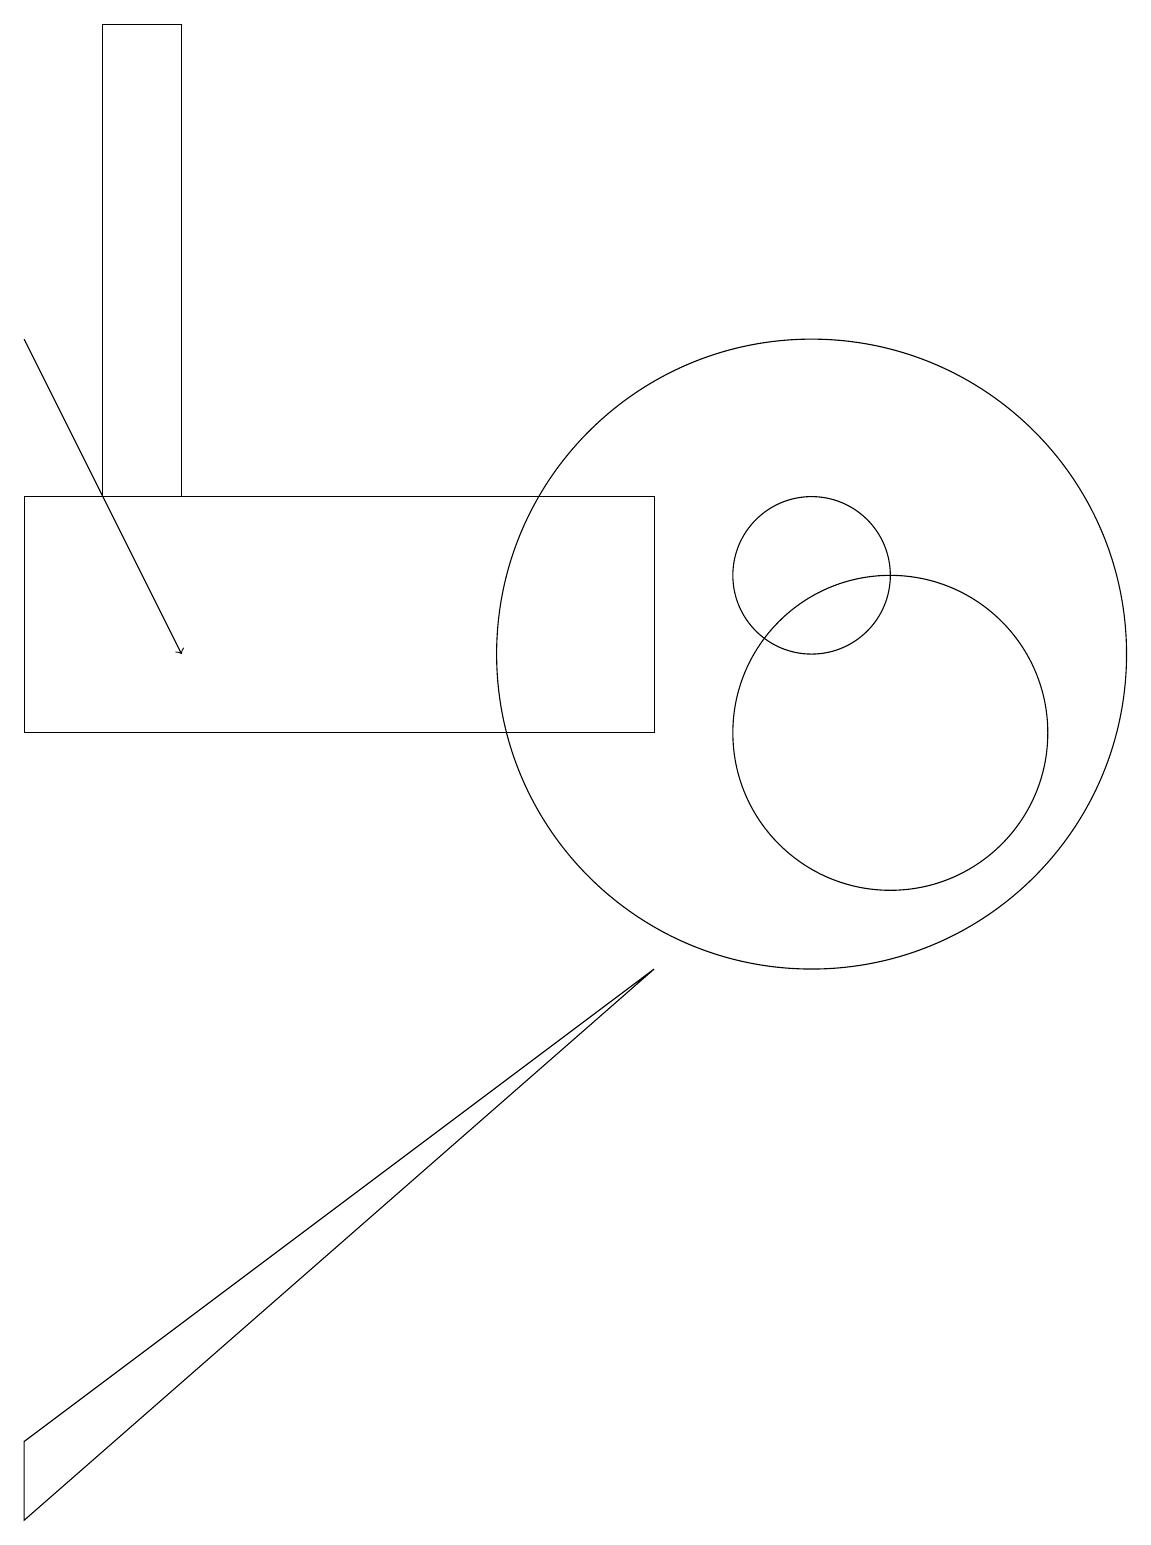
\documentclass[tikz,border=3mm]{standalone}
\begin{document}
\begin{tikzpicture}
\draw (1,13) rectangle (2,19);
\draw (0,1) -- (0,0) -- (8,7) -- cycle;
\draw[->] (0,15) -- (2,11);
\draw (11,10) circle (2);
\draw (10,11) circle (4);
\draw (0,13) rectangle (8,10);
\draw (10,12) circle (1);
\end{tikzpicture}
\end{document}